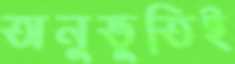
অনুভূতিই